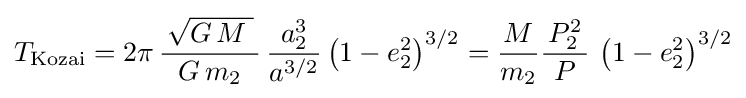
T_{\mathrm {Kozai} }=2\pi \,{\frac {\,{\sqrt {G\,M\;}}\,}{G\,m_{2}}}\,{\frac {\,a_{2}^{3}\,}{a^{3/2}}}\left(1-e_{2}^{2}\right)^{3/2}={\frac {M}{m_{2}}}{\frac {\,P_{2}^{2}\,}{P}}\,\left(1-e_{2}^{2}\right)^{3/2}